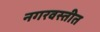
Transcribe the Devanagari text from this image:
नगरवस्तीत